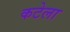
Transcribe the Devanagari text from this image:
कटेला